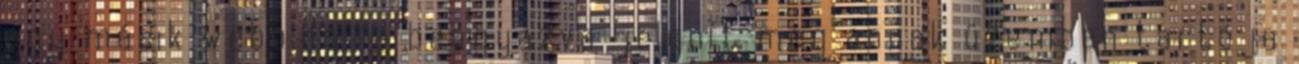
egy másik weboldalra beágyazva jelenít meg annak üzemben tartója